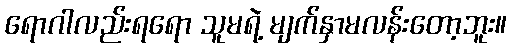
ရောဂါလည်းရရော သူမရဲ့ မျက်နှာမလန်းတော့ဘူး။